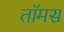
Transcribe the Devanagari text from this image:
तॉमस